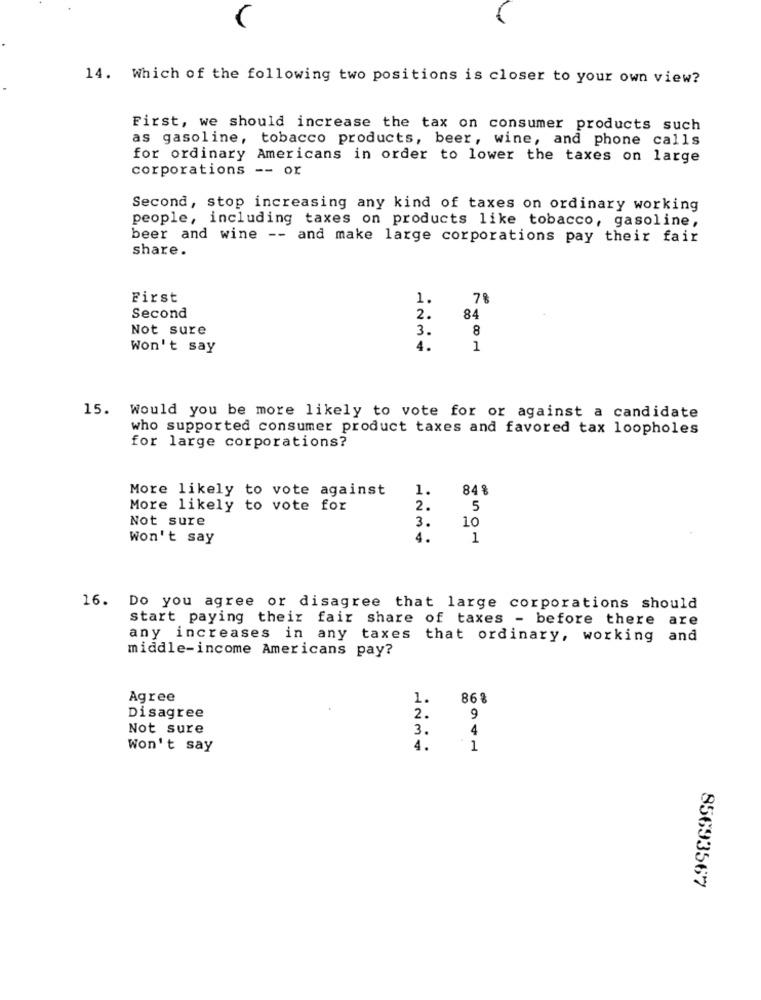
14. Which of the following two positions is closer to your own view?
First, we should increase the tax on consumer products such
as gasoline, tobacco products, beer, wine, and phone calls
for ordinary Americans in order to lower the taxes on large
corporations -- or
Second, stop increasing any kind of taxes on ordinary working
people, including taxes on products like tobacco, gasoline,
beer and wine -- and make large corporations pay their fair
share.
First
1.
78
Second
2.
84
Not sure
3.
8
Won't say
4.
1
15. Would you be more likely to vote for or against a candidate
who supported consumer product taxes and favored tax loopholes
for large corporations?
More likely to vote against
1.
848
More likely to vote for
2.
5
Not sure
3.
10
Won't say
4.
1
16. Do you agree or disagree that large corporations should
start paying their fair share of taxes - before there are
any increases in any taxes that ordinary, working and
middle-income Americans pay?
Agree
1.
86%
Disagree
2.
9
Not sure
3.
4
Won't say
4.
85693567